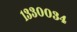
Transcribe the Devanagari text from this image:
१३३००३४